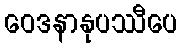
ဝေဒနာနုပဿီပေ